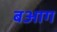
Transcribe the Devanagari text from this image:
बआग